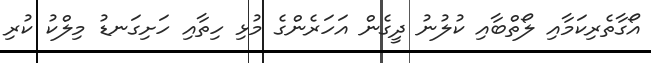
އޯގާތެރިކަމާއި ލޯތްބާއި ކުލުނު ދީގެން އަހަރެންގެ މުޅި ހިތާއި ހަށިގަނޑު މިލްކު ކުރި